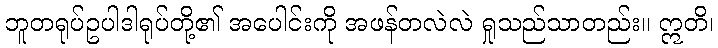
ဘူတရုပ်ဥပါဒါရုပ်တို့၏ အပေါင်းကို အဖန်တလဲလဲ ရှုသည်သာတည်း။ ဣတိ၊